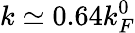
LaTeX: k\simeq 0.64k_{F}^{0}